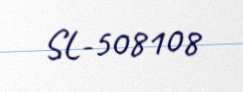
SL-508108